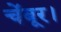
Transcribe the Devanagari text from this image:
चेंबूर।